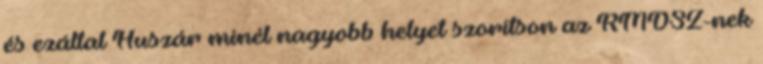
és ezáltal Huszár minél nagyobb helyet szorítson az RMDSZ-nek